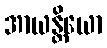
အာယန္တိယော